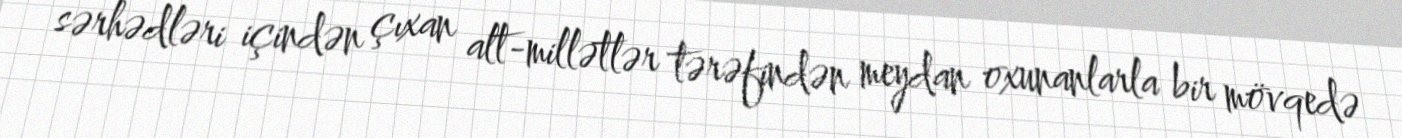
sərhədləri içindən çıxan alt-millətlər tərəfindən meydan oxunanlarla bir mövqedə